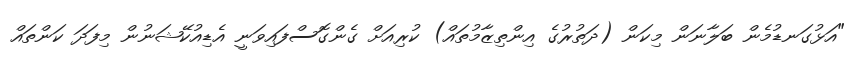
"އަޅުގަނޑުމެން ބަލާނަން މިކަން (ދަތުރުގެ އިންތިޒާމުތައް) ކުރިއަށް ގެންގޮސްފައިވަނީ އެޑިއުކޭޝަނުން މިފަދަ ކަންތައް